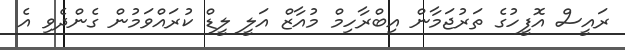
ރައީސް އޮފީހުގެ ތަރުޖަމާން އިބްރާހިމް މުއާޒް އަލީ ލީޑް ކުރައްވަމުން ގެންދެވި އެ